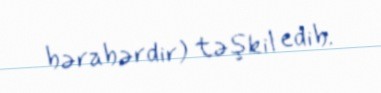
bərabərdir) təşkil edib.